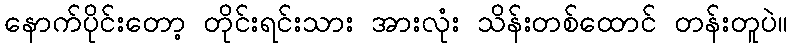
နောက်ပိုင်းတော့ တိုင်းရင်းသား အားလုံး သိန်းတစ်ထောင် တန်းတူပဲ။